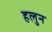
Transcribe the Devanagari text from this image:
हलुन